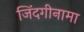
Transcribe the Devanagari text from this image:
जिंदगीनामा